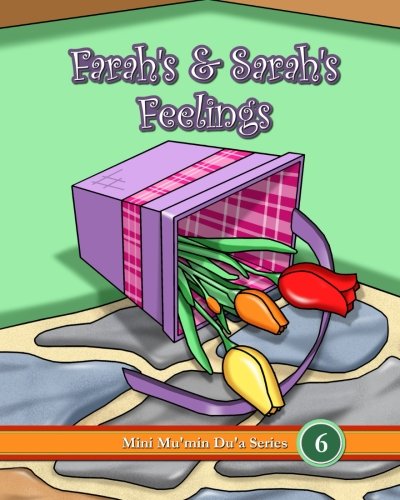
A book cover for Farah's & Sarah's Feelings (Mini Mu'min Du'a Series); Mini Mu'min Publications; Religion & Spirituality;